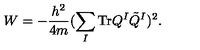
W = - \frac { h ^ { 2 } } { 4 m } ( \sum _ { I } \mathrm { T r } Q ^ { I } \tilde { Q } ^ { I } ) ^ { 2 } .